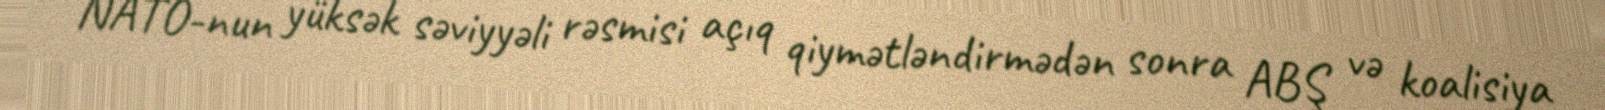
NATO-nun yüksək səviyyəli rəsmisi açıq qiymətləndirmədən sonra ABŞ və koalisiya